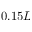
0 . 1 5 L